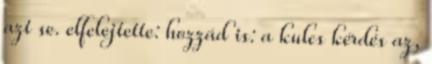
azt se. elfelejtette: hozzád is: a kulcs kérdés az,